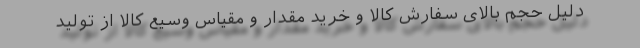
دلیل حجم بالای سفارش کالا و خرید مقدار و مقیاس وسیع کالا از تولید